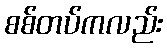
စစ်တပ်ကလည်း